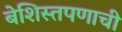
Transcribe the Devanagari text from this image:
बेशिस्तपणाची